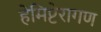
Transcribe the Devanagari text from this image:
हेमिप्टेरागण